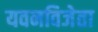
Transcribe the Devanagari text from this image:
यवनविजेता